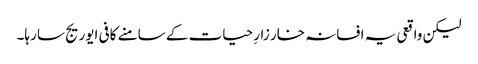
لیکن واقعی یہ افسانہ خار زارِ حیات کے سامنے کافی ایوریج سا رہا۔